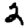
Digit: 2